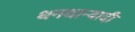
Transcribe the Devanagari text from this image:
धनधान्यादी